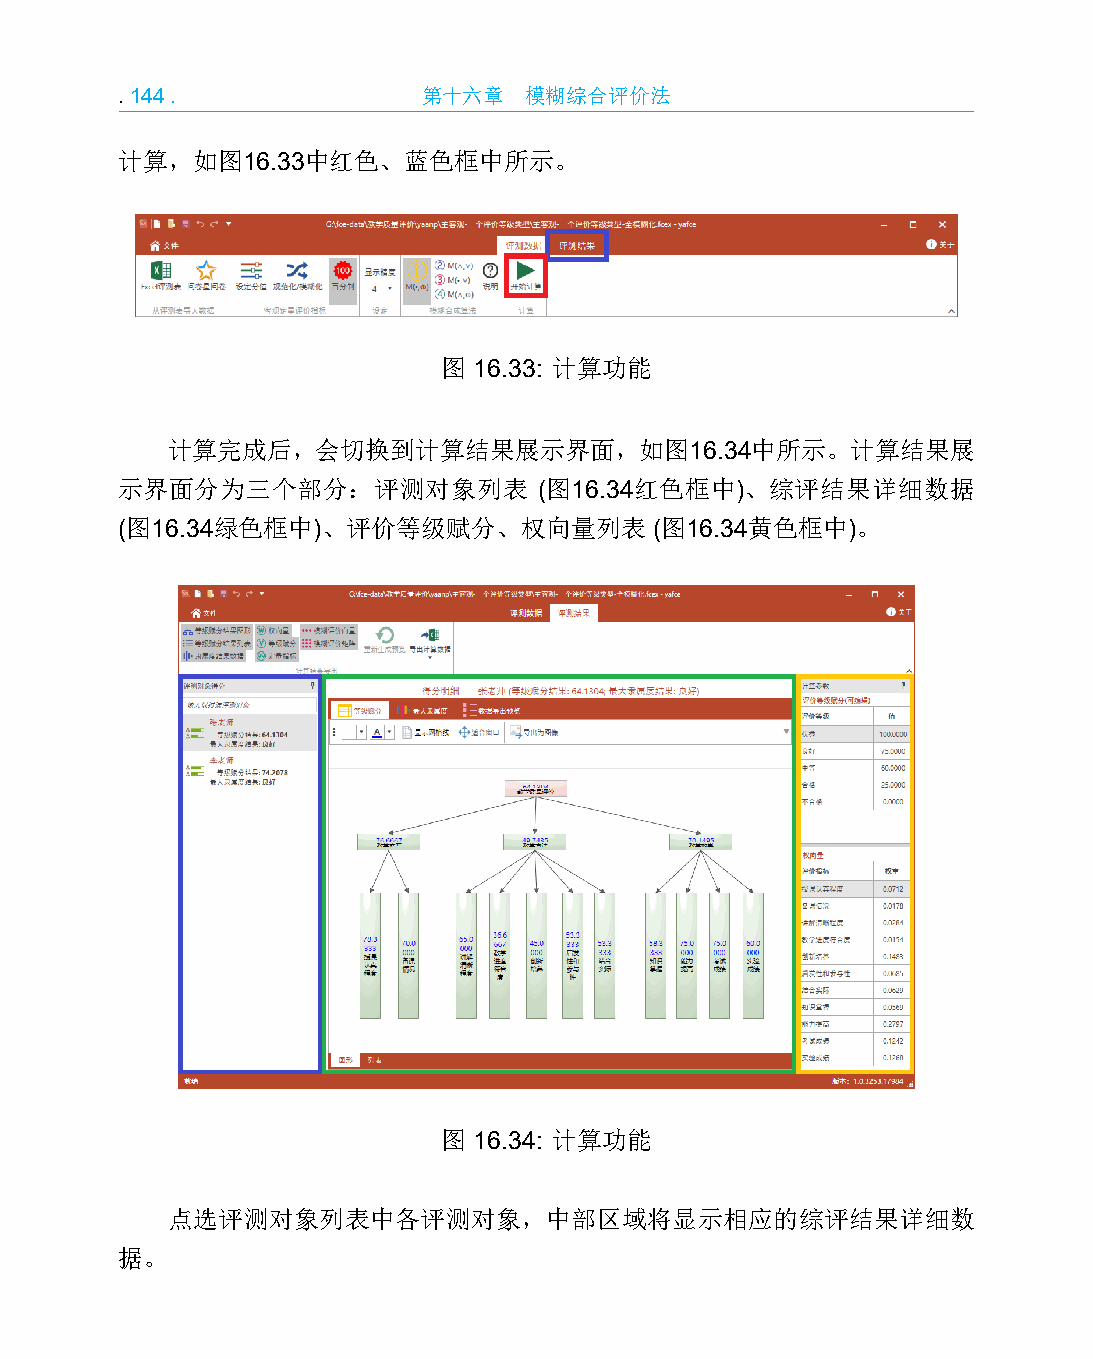
.144.               第十六章   模糊综合评价法
 计算，如图16.33中红色、蓝色框中所示。
 图 16.33: 计算功能
 计算完成后，会切换到计算结果展示界面，如图16.34中所示。计算结果展
 示界面分为三个部分：评测对象列表            (图16.34红色框中)、综评结果详细数据
 (图16.34绿色框中)、评价等级赋分、权向量列表          (图16.34黄色框中)。
 图 16.34: 计算功能
 点选评测对象列表中各评测对象，中部区域将显示相应的综评结果详细数
 据。